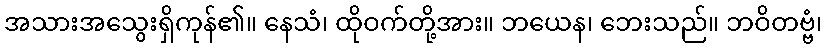
အသားအသွေးရှိကုန်၏။ နေသံ၊ ထိုဝက်တို့အား။ ဘယေန၊ ဘေးသည်။ ဘဝိတဗ္ဗံ၊